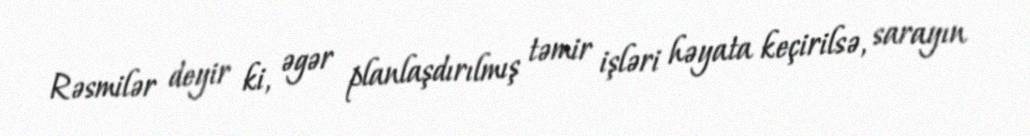
Rəsmilər deyir ki, əgər planlaşdırılmış təmir işləri həyata keçirilsə, sarayın